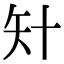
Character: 𥎧